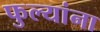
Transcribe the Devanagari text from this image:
फुल्यांना